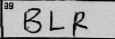
Transcription: BLR